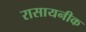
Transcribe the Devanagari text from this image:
रासायनीक